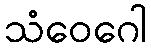
သံဝေဂေါ